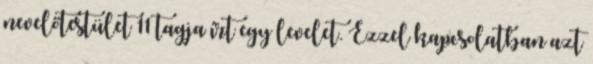
nevelőtestület 11 tagja írt egy levelet. Ezzel kapcsolatban azt